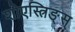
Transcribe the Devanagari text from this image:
शोएस्त्रिङ्स्